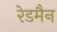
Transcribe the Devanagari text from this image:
रेडमैन